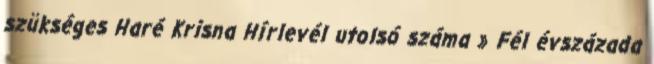
szükséges Haré Krisna Hírlevél utolsó száma » Fél évszázada